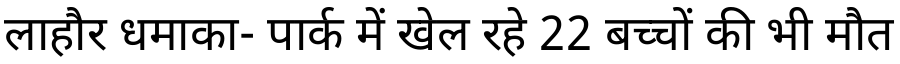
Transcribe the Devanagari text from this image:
लाहौर धमाका- पार्क में खेल रहे 22 बच्चों की भी मौत